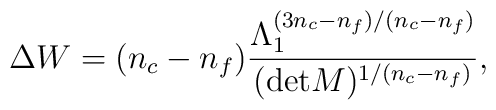
\Delta W = (n_{c}-n_{f}) \frac{\Lambda_{1}^{(3n_{c}-n_{f})/(n_{c}-n_{f})}}		{({\rm det}M)^{1/(n_{c}-n_{f})}},